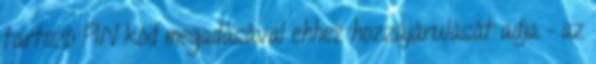
tartozó PIN kód megadásával ehhez hozzájárulását adja – az